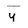
Character: Y